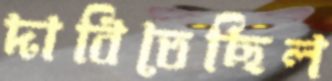
দাবিতেছিল